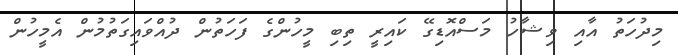
މިދުހަތު އާއި ވިޝާހު މަސްއޮޑިގޭ ކައިރީ ތިބި މީހުންގެ ފަހަތުން ދުއްވައިގަތުމުން އެމީހުން